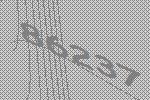
86237